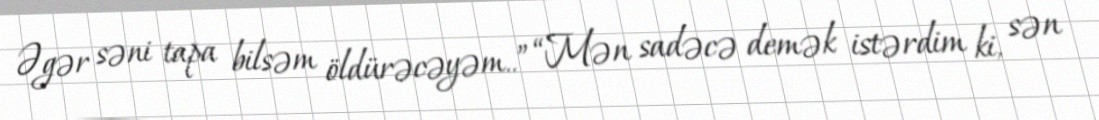
Əgər səni tapa bilsəm öldürəcəyəm..” “Mən sadəcə demək istərdim ki, sən